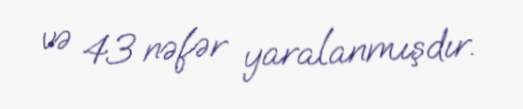
və 43 nəfər yaralanmışdır.